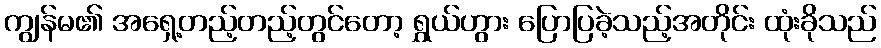
ကျွန်မ၏ အရှေ့တည့်တည့်တွင်တော့ ရွှယ်ဟွား ပြောပြခဲ့သည့်အတိုင်း ထုံးခိုသည်